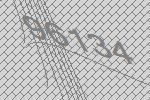
96134